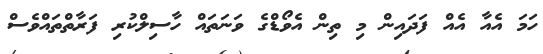
ހަމަ އެއާ އެއް ފަދައިން މި ތިން އެވޯޑްގެ ވަނަތައް ހާސިލްކުރި ފަރާތްތައްވެސް